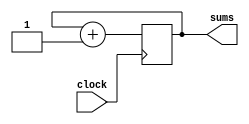
`timescale 1ns / 1ps
module Counter(
input clock,
output reg[9:0] sums

    );
    initial sums<=0;
    always@(posedge clock)
    sums=sums+1;
endmodule